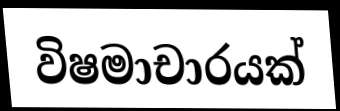
විෂමාචාරයක්